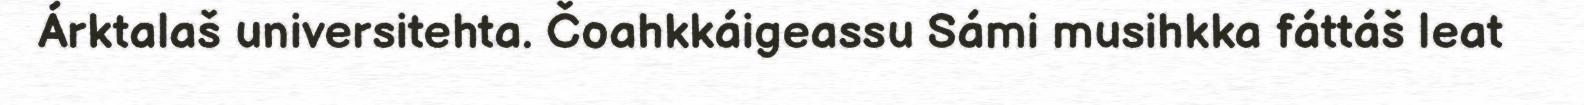
Árktalaš universitehta. Čoahkkáigeassu Sámi musihkka fáttáš leat